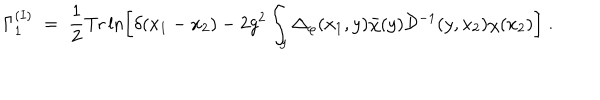
LaTeX: \Gamma _ { 1 } ^ { ( I ) } \; = \; \frac { 1 } { 2 } \mathrm { T r } \ln \left[ \delta ( x _ { 1 } - x _ { 2 } ) - 2 g ^ { 2 } \int _ { y } \Delta _ { \varphi } ( x _ { 1 } , y ) { \bar { \chi } } ( y ) { \mathcal D } ^ { - 1 } ( y , x _ { 2 } ) \chi ( x _ { 2 } ) \right] \; .